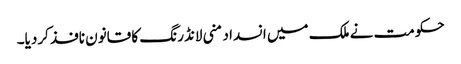
حکومت نے ملک میں انسداد منی لانڈرنگ کا قانون نافذ کردیا۔